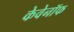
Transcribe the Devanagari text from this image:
केवेनॉफ